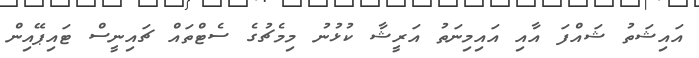
އައިޝަތު ޝައްފަ އާއި އައިމިނަތު އަރީޝާ ކުޅުނު މިމެޗުގެ ސެޓްތައް ޗައިނީސް ޓައިޕޭއިން